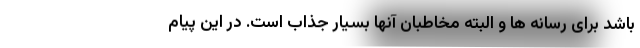
باشد برای رسانه ها و البته مخاطبان آنها بسیار جذاب است. در این پیام